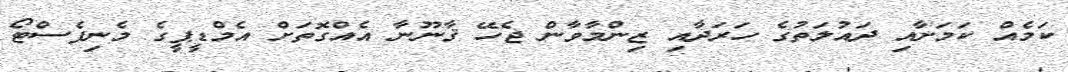
ކަމެއް ކަމަށާއި ދައުލަތުގެ ހަރަދާއި ޒިންމާވާން ޖެހޭ ޤާނޫނާ އެއްގޮތަށް އެމްޑީޕީގެ މެނިފެސްޓޯ